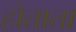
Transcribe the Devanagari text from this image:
होताता